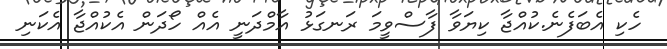
ހެކި އެބަފެނެ.ކުއްޖާ ކިޔަވާ ފާސްވީމަ ރަނގަޅު އާމްދަނީ އެއް ހޯދަން އެކުއްޖާ އެކަނި